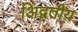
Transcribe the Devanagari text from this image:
अिद्वतीय